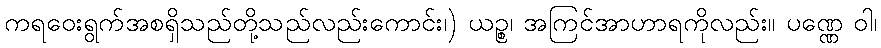
ကရဝေးရွက်အစရှိသည်တို့သည်လည်းကောင်း၊) ယဉ္စ၊ အကြင်အာဟာရကိုလည်း။ ပဏ္ဏေ ဝါ၊